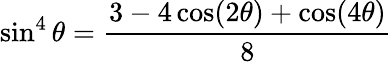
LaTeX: \sin^{4}\theta={\frac{3-4\cos(2\theta)+\cos(4\theta)}{8}}